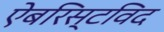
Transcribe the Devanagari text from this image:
ऐबरिस्टविद